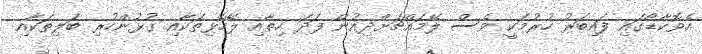
އެވޮކާޑޯގައި ފައިބަރު ހުރުމަކީ ވެސް ލޭމައްޗަށްދިއުން ފަދަ ހިތާއި ލޭހޮޅިތަކާއި ގުޅުންހުރި ބަލިތަކާއި